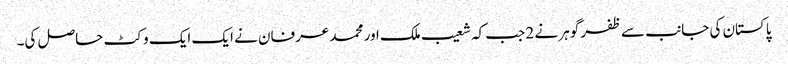
پاکستان کی جانب سے ظفر گوہر نے 2 جب کہ شعیب ملک اور محمد عرفان نے ایک ایک وکٹ حاصل کی۔